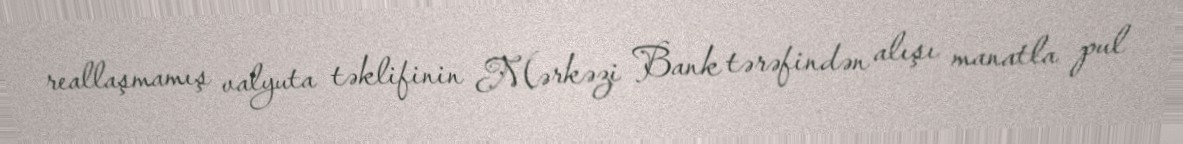
reallaşmamış valyuta təklifinin Mərkəzi Bank tərəfindən alışı manatla pul